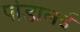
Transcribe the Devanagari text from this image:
पांडालई